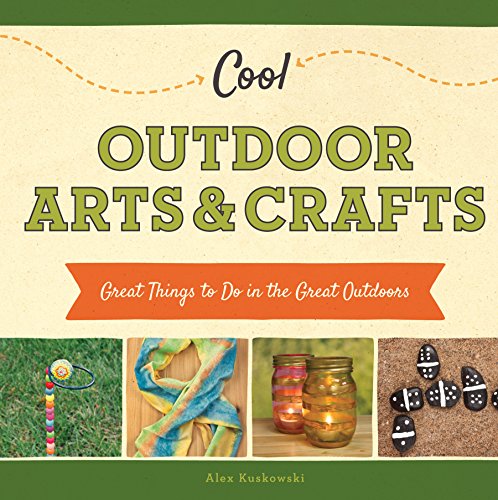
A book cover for Cool Outdoor Arts & Crafts:: Great Things to Do in the Great Outdoors (Cool Great Outdoors); Alex Kuskowski; Children's Books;